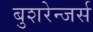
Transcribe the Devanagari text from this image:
बुशरेन्जर्स